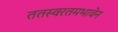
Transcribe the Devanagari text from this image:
ततस्वरतमभावेन